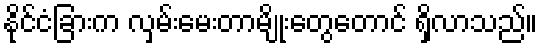
နိုင်ငံခြားက လှမ်းမေးတာမျိုးတွေတောင် ရှိလာသည်။